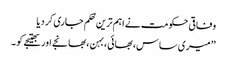
وفاقی حکومت نے اہم ترین حُکم جاری کر دیا
’’ میری ساس، بھائی،بہن ،بھانجے اور بھتیجے کو ۔